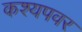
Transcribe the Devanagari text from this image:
कश्यपवर